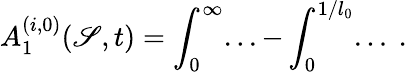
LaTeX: A_{1}^{(i,0)}(\mathscr{S},t)=\int_{0}^{\infty}...-\int_{0}^{1/l_{0}}...\ .